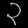
Digit: ၃